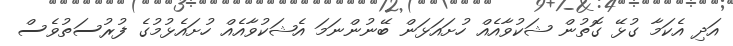
އަދި އެކަމާ ގުޅޭ ގޮތުން ޝަކުވާއެއް ހުށައަޅަން ބޭނުންނަމަ އެޝަކުވާއެއް ހުށައެޅުމުގެ ފުރުސަތުވެސް